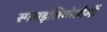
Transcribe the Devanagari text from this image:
स्प्लाइसियोसोमों